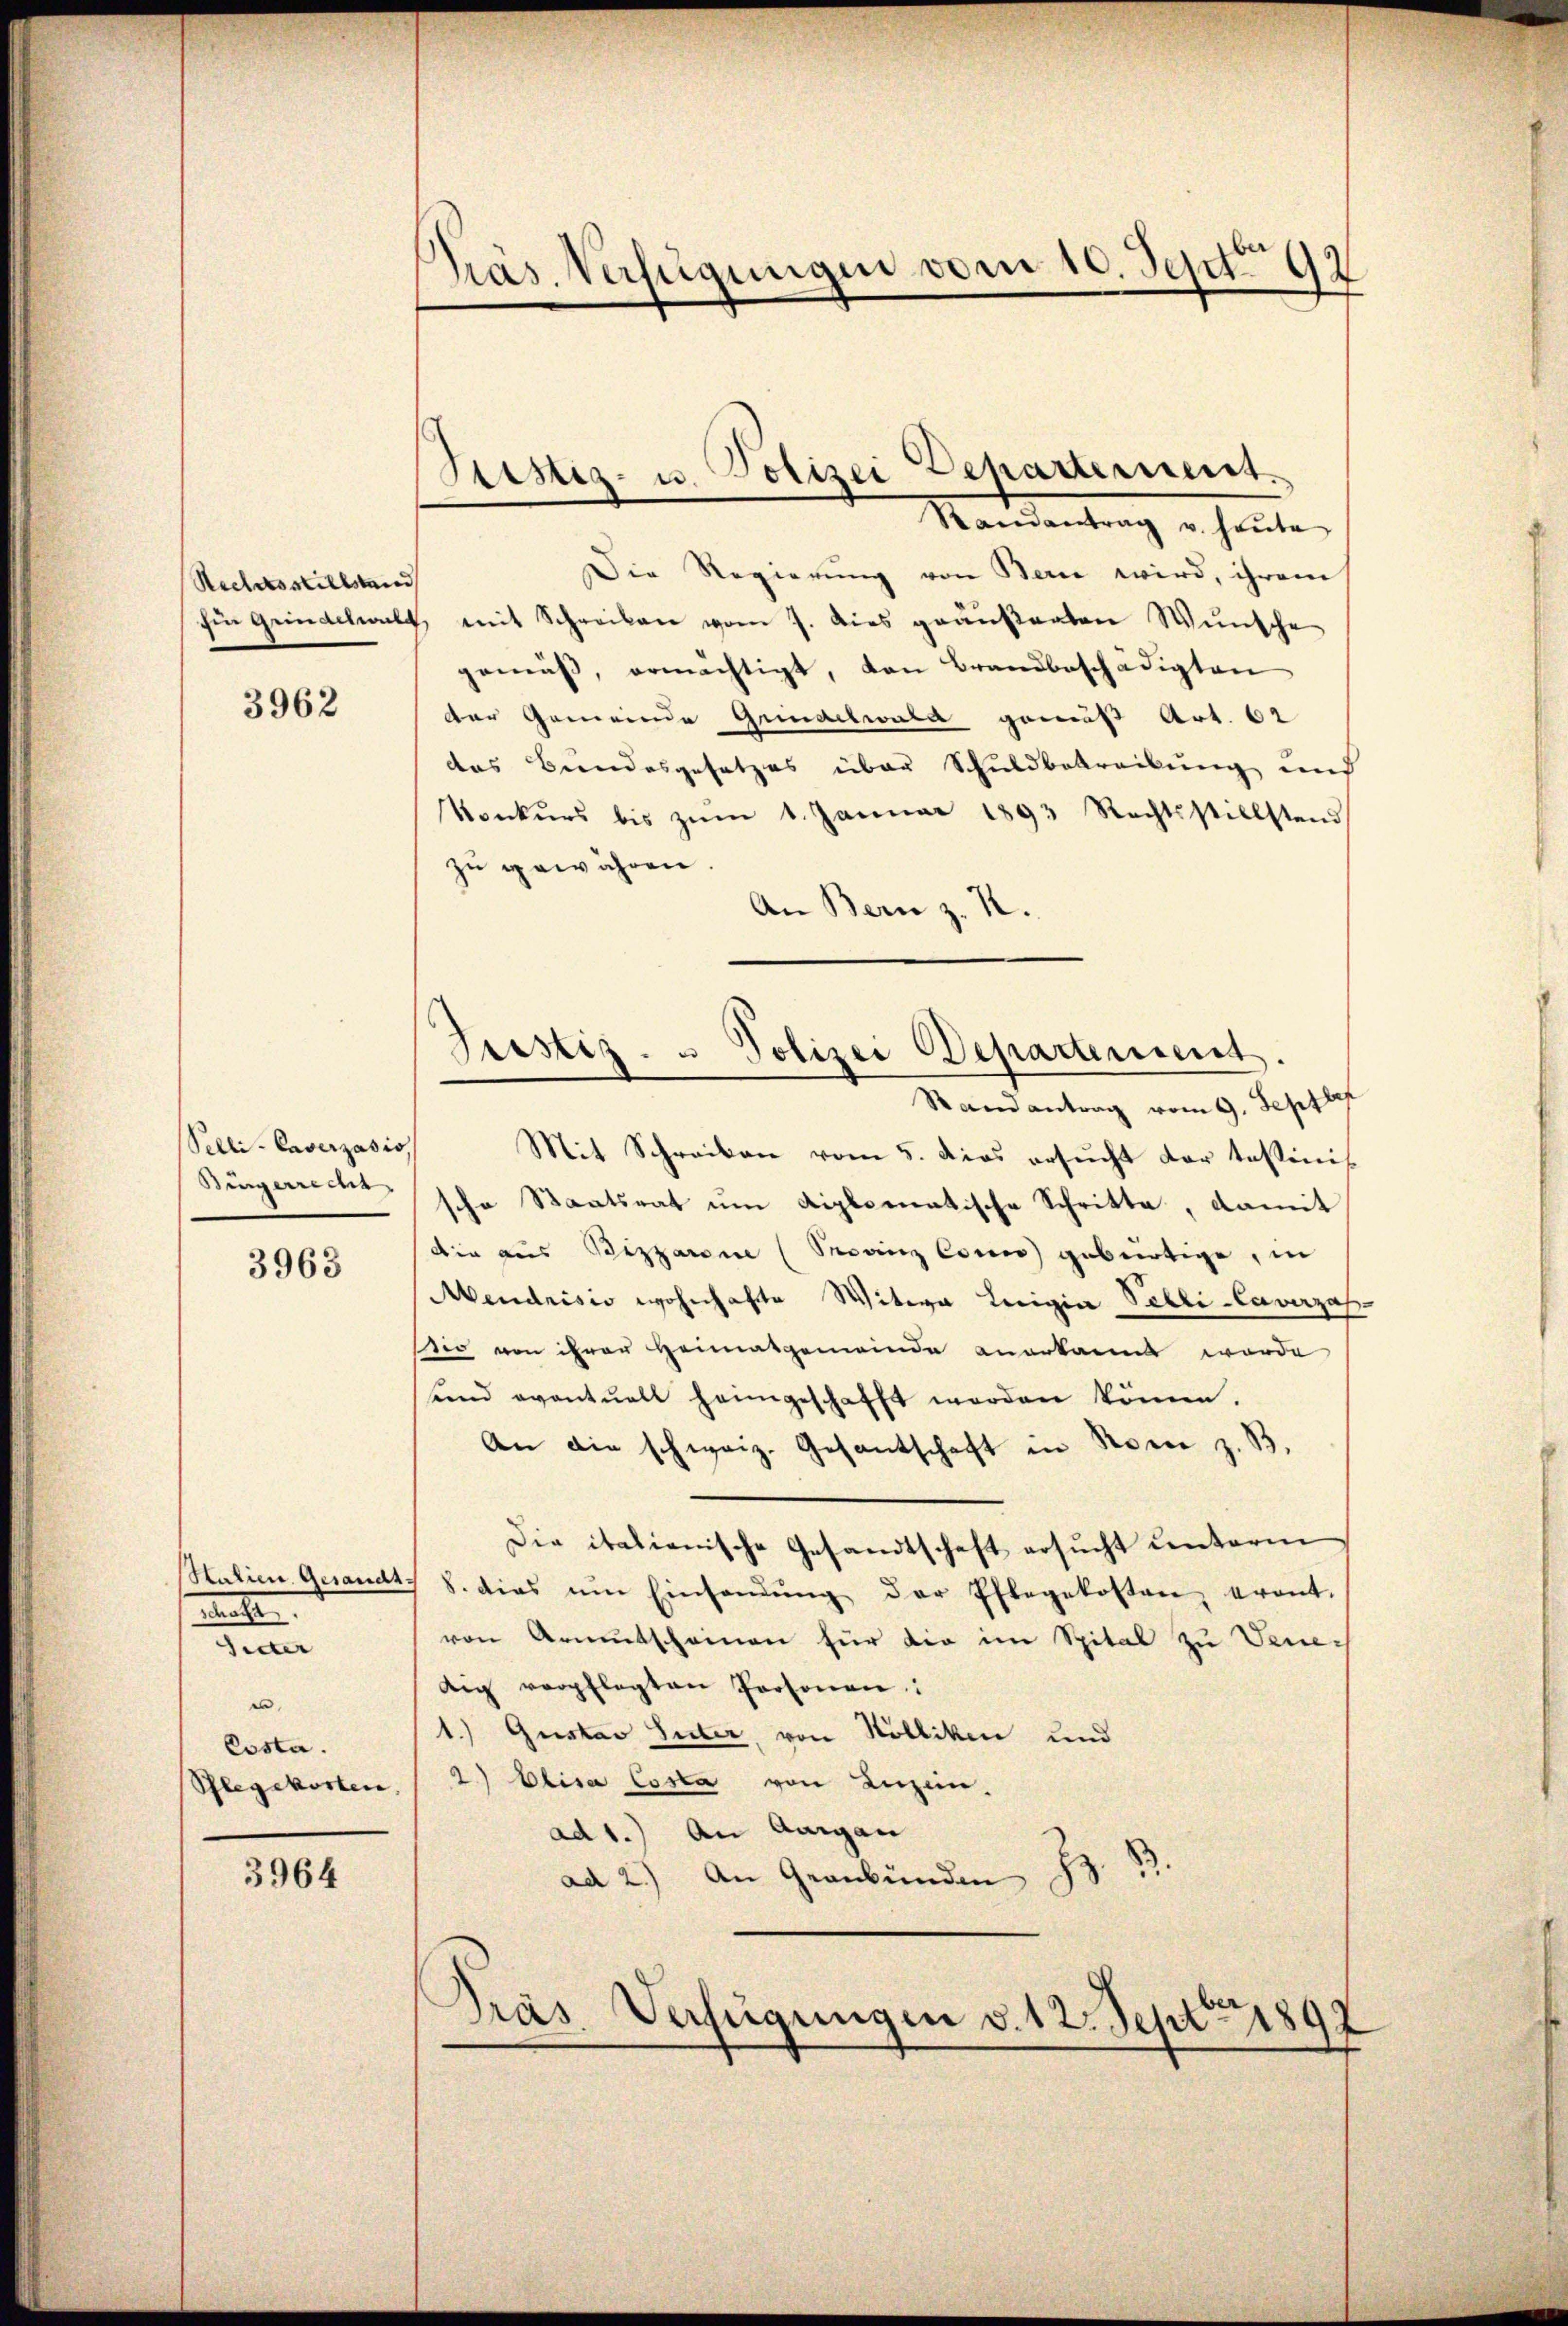
Rechtsstillstand

3962

Pelli-Caverzasis,
Bingerreche

3963

Statien Gesandt.
matte
Seiter
.
Costa.
Pflegekosten,

3964

Präs. Verfügungen vom 10. Sept. 92

Randantrag u. heŭte
Die Regierung von Bern wird, ihrem
fin Grindelwalt mit Schreiben vom 7. dies geäußerten Wünsche
gemäß, ermächtigt, von Brandbeschädigten
der Gemeinde Grindelwald gemäß Art. 62
das Bundesgesetzes über Schuldbetreibung und
Vonkŭrs bis zŭm 1. Januar 1893 Rechtsstillstand
zu gewähren.
An Bern z. R.
Randantrag vom 9. Septbr
Mit Schreiben vom 5. dies ersŭcht dar tessinis
sche Staatsrat um diplomatische Schritte, damit
die aus Bezzarone (Sainz Conces gebürtige, in
Mendrisis wohnhafte Witwe Luigia Palli-Caverzah
sir von ihrer Heimatgemeinde anerkannt worde
und eventuell heimgeschafft worden könne.
An die schweiz. Gesantschaft in Romen z. B.
Die italienische Gesandtschaft ersucht unterm
8. dies um Einsamung der Pflegekosten eront.
von Armutscheinen für die im Spital zu Venedig verpflegten Personen:
1.) Gustav Suter, von Kölliken und
2.) Elisa Costa von Luzern.
ad 1.) An Aargau
Z. B.
ad 2.) An Graubünden
Präs. Verfügungen v. 12. Septbr. 1899

Sistiz- u. Polizei Departement.

Justiz- u Polizei Departement.